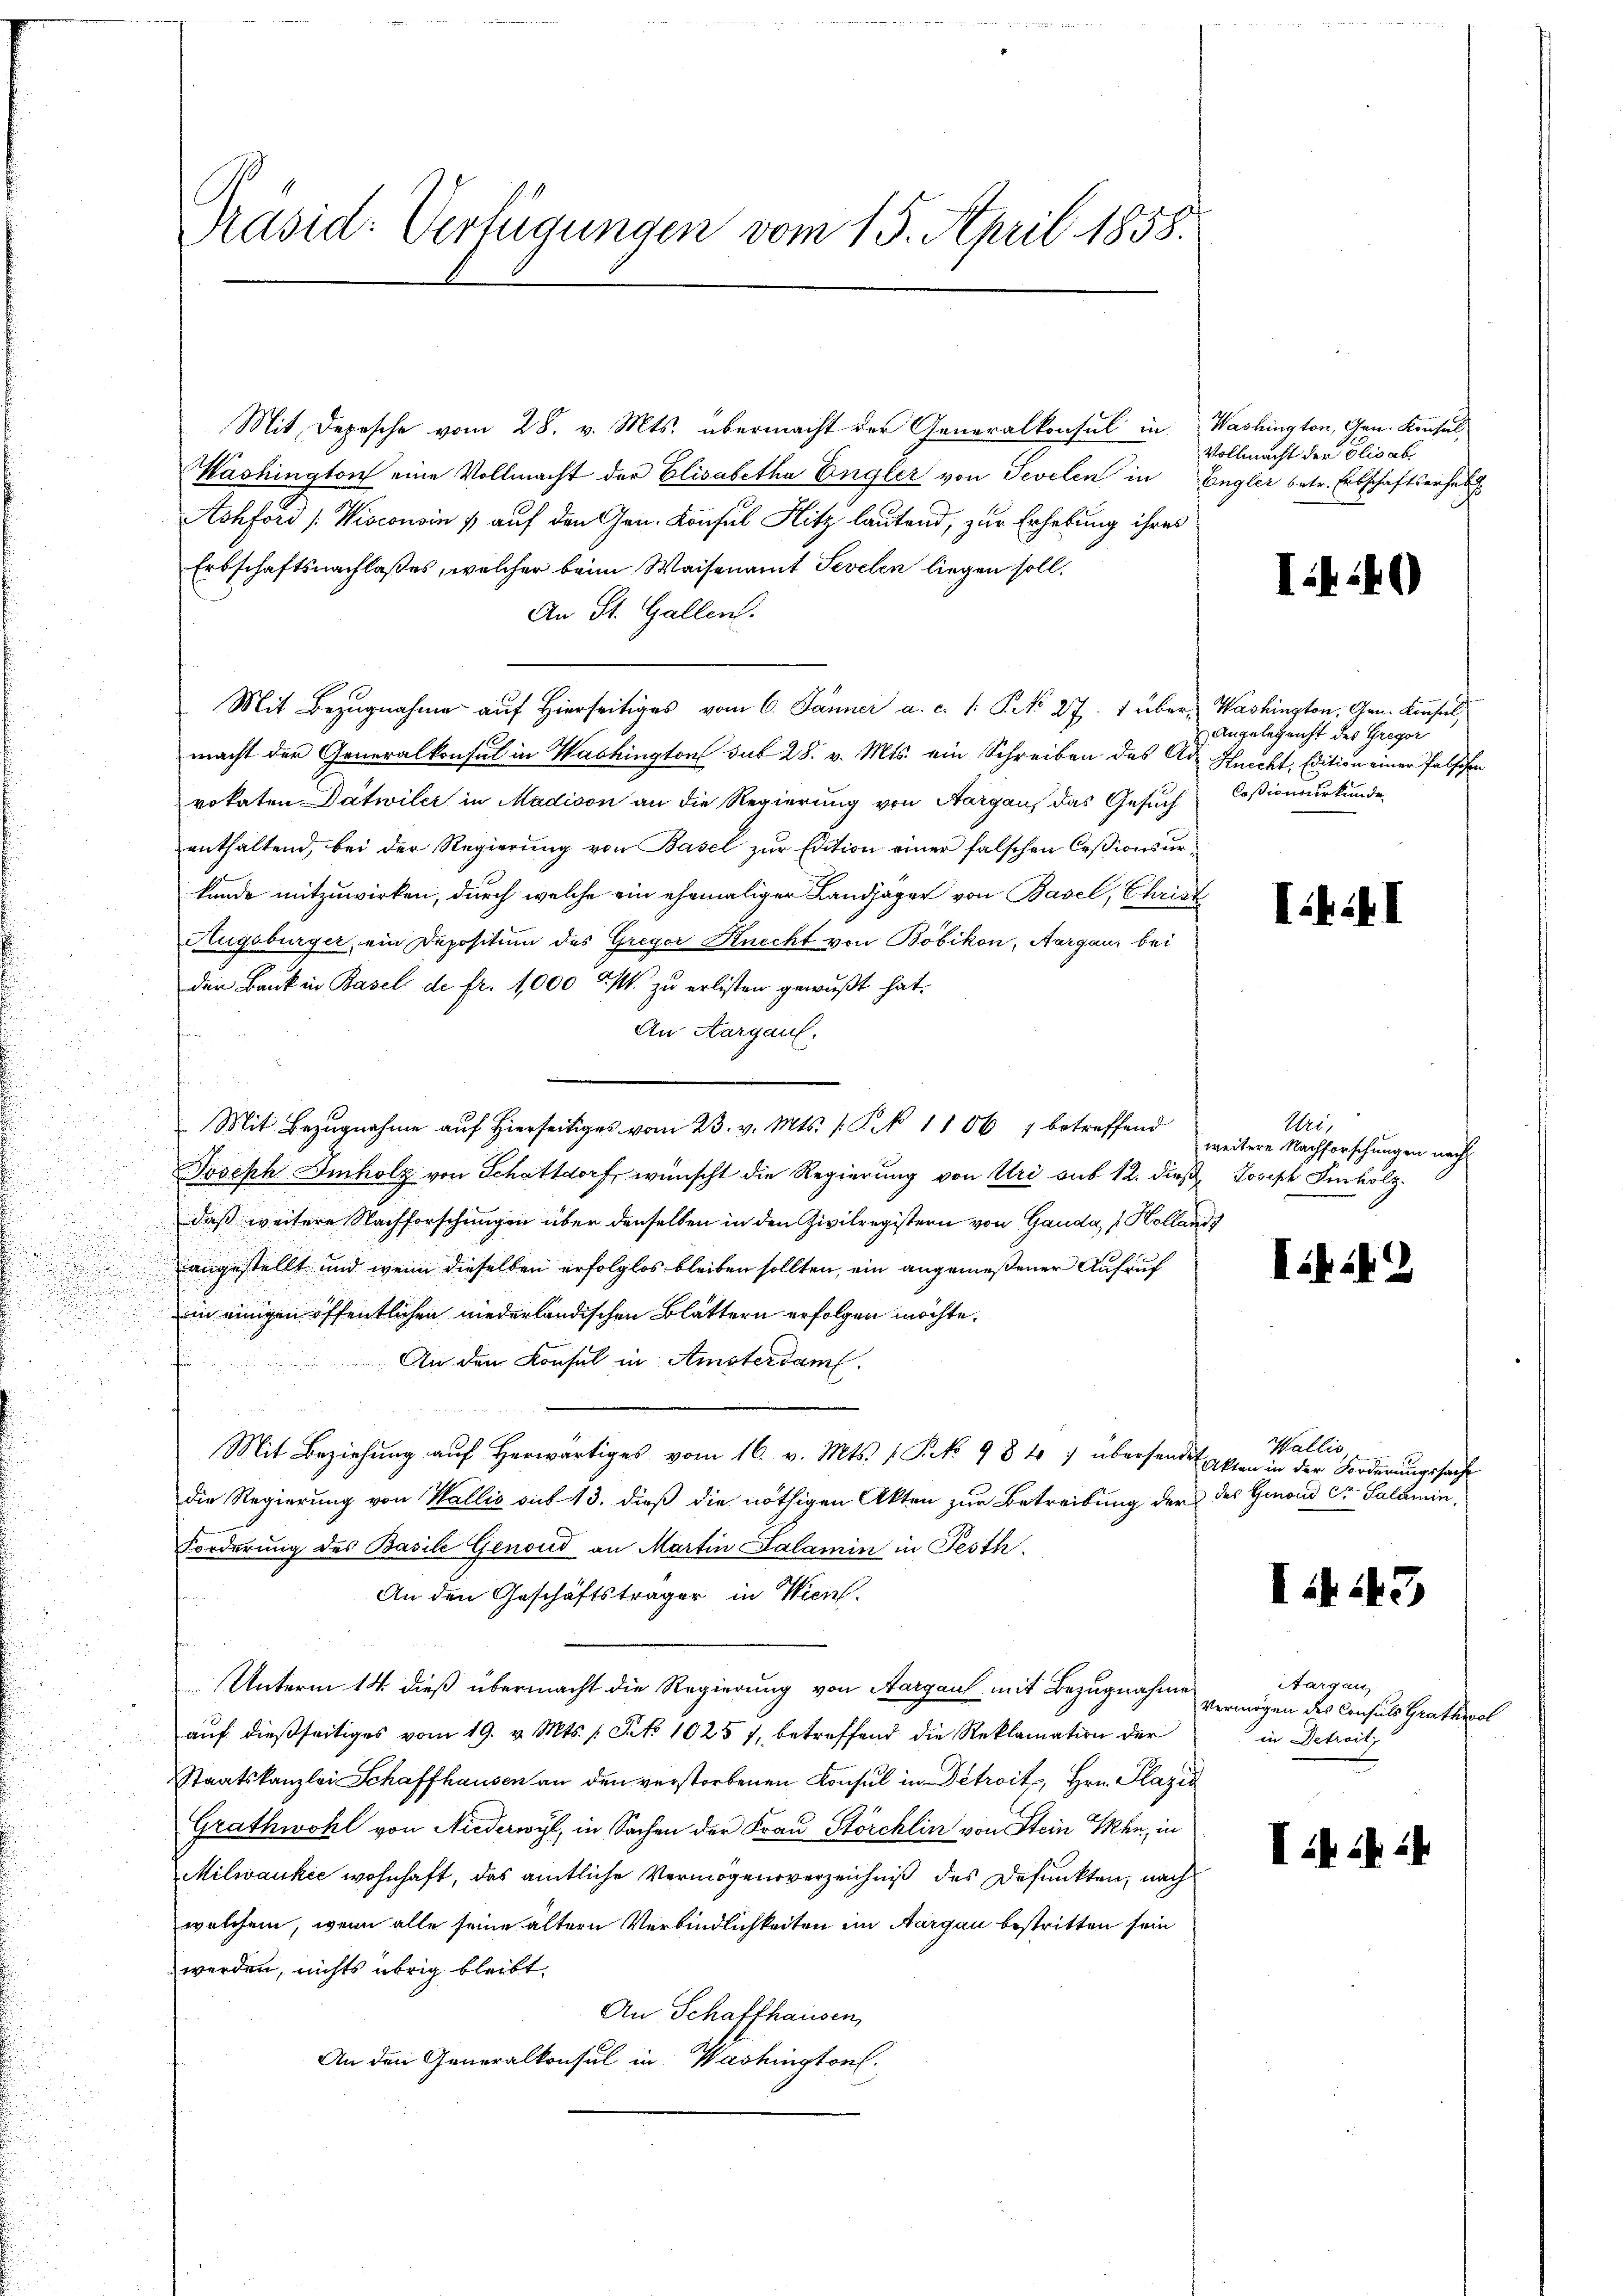
Präsid: Verfügungen vom 15. April 1858.

Washington eine Vollmacht der Elisabetha Engler von Sevelen in Engler betr. Erbschaftserhebt
Achford [Wisconsin & auf den Gen. Konsul Hitz lautend, zur Erhebung ihres
Erbschaftsnachlaßes, welcher beim Waisenamt Sevelen liegen soll.
An St. Gallen.
Mit Bezugnahme auf hierseitiges vom 6. Jänner a. c. 1. P. 27. 1 über, Washington, Gen. Konsul,
macht der Generalkonsul in Washington sub 28. v. Mts. ein Schreiben des Ad Knecht, Edition einer Palschen
vokaten Datwiler in Madison an die Regierung von Aargauf das Gesuch Ceßionsurkunde
enthaltend, bei der Regierung von Basel zur Edition einer falschen Cessionsurkunde mitzuwirken, durch welche ein ehemaliger Landjäger von Basel, Christ
Hugsburger, ein Depositum des Gregor Knecht von Bobikon, Aargau, bei
der Bank in Basel de fr. 1000 M. zu erlisten gewußt hat.
An Aargau,
f
Mit Bezŭgnahme aŭf hierseitig vom 23. v. Mts. 1. P. 11067 betreffend
Joseph Imholz von Schattdorf wünscht die Regierung von Uri sub 12. dieß Joseph Imholz.
daß weitere Nachforschungen über denselben in den Zivilregistern von Gauda / Kollanangestellt und wenn dieselben erfolglos bleiben sollten, ein angemeßener Aufruf
in einigen öffentlichen niederländischen Blättern erfolgen möchte.
An den Konsul in Amsterdam.
Mit Beziehung auf herwärtiges vom 16. v. Mts. (Frk. 98 4 7 überhander Akten in der Forderŭngssache
die Regierung von Wallis sub 13. dieß die nöthigen Akten zur Betreibung der des Genoud cr Salamin,
Forderung des Basile Genoud an Martin Salamin in Festh
An den Geschäftsträger in Wien.
Unterm 14. dieß übermacht die Regierung von Aargau mit Bezugnahme
auf dießseitiges vom 19. v. Mts. 1 Pato 1025 /, betreffend die Reklamation der
Staatskanzlei Schaffhausen an den verstorbenen Konsul in Detroit, Hrn. Plazir
Grathwohl von Niederwyl, in Sachen der Frau Störchlin von Stein Ihn, in
Milwaukić wohnhaft, das amtliche Vermögensverzeichniß des Defunkten, nach
welchem, wenn alle seine ältern Verbindlichkeiten im Aargau bestritten sein
werden, nichts übrig bleibt.
An Schaffhausen,
An den Generalkonsul in Washington

Mit Depesche vom 28. v. Mts. übermacht der Generalkonsul in

Washington, Gen. Konsul
Vollmacht der Elisab

I.40)

Angelegericht des Gregor

III

Uri,
weitere Nachforschungen nach

I. 42

Wallis

I. 43

Aargau,
Vermögen des Consuls Grath wol
in Betreit

I: